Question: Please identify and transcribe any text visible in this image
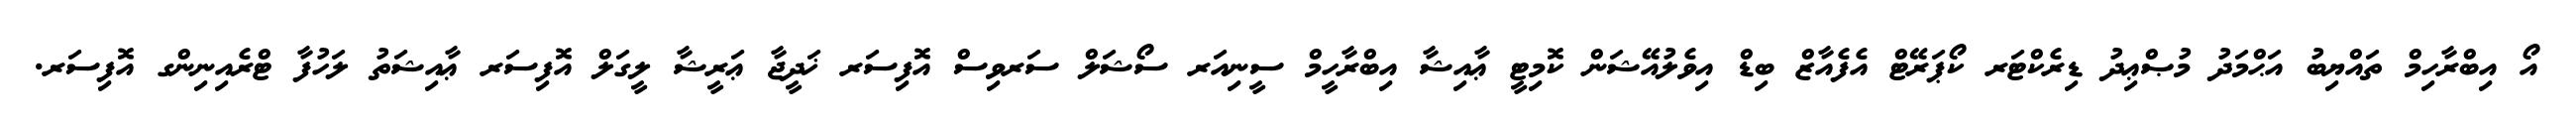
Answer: އޯ އިބްރާހިމް ތައްޔިބު އަޙްމަދު މުޞްޢިދު ޑިރެކްޓަރ ކޯޕަރޭޓް އެފެއާޒް ބިޑް އިވެލުއޭޝަން ކޮމިޓީ ޢާއިޝާ އިބްރާހީމް ސީނިއަރ ސޯޝަލް ސަރވިސް އޮފިސަރ ޚަދީޖާ ޢަރީޝާ ލީގަލް އޮފިސަރ ޢާއިޝަތު ލަހުފާ ޓްރެއިނިންގ އޮފިސަރ.